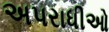
અપરાધીઓ